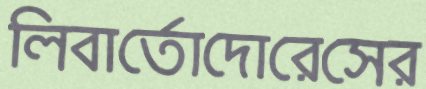
লিবার্তোদোরেসের